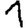
Digit: 1